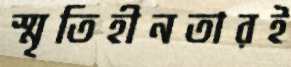
স্মৃতিহীনতারই